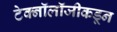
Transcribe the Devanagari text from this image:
टेक्नॉलॉजीकडून